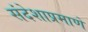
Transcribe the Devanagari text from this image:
संदेशाप्रमाणे